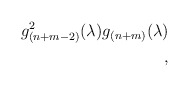
\begin{align*}g_{(n+m-2)}^{2}(\lambda)g_{(n+m)}(\lambda)\\,\end{align*}